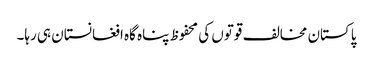
پاکستان مخالف قوتوں کی محفوظ پناہ گاہ افغانستان ہی رہا۔